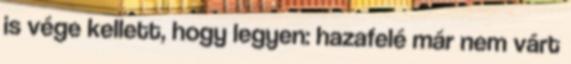
is vége kellett, hogy legyen: hazafelé már nem várt